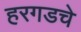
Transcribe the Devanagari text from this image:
हरगडचे